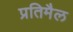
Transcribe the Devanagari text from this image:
प्रतिमैल